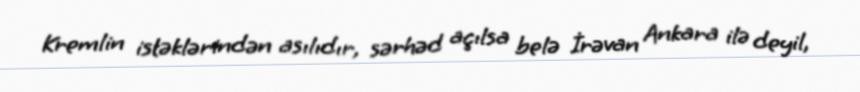
Kremlin istəklərindən asılıdır, sərhəd açılsa belə İrəvan Ankara ilə deyil,